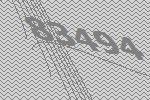
83494